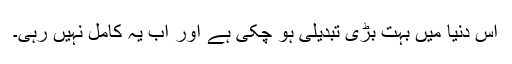
اِس دُنیا میں بہت بڑی تبدیلی ہو چکی ہے اور اب یہ کامل نہیں رہی۔